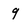
Character: 9